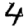
Digit: 4